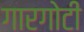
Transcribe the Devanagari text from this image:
गारगाेटी